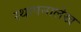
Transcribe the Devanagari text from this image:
स्थापनालेख